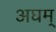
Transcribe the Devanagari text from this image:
अघम्